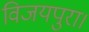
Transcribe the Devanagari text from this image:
विजयपुरा।